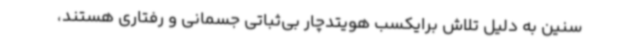
سنین به دلیل تلاش برایکسب هویتدچار بی‌ثباتی جسمانی و رفتاری هستند،